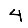
Digit: 4